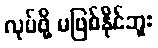
လုပ်ဖို့ မဖြစ်နိုင်ဘူး